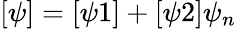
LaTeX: [\psi]=[\psi 1]+[\psi 2]\psi_{n}